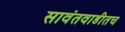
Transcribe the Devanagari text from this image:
सावंतवाडीतच